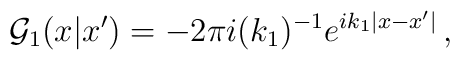
{\cal G}_{1}(x|x') = -2\pi i(k_{1})^{-1}e^{ik_{1}|x-x'|}\,,